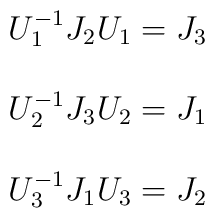
\begin{array}{c}U_1^{-1}J_2U_1=J_3\\\\U_2^{-1}J_3U_2=J_1\\\\U_3^{-1}J_1U_3=J_2\\\end{array}